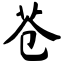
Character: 苍